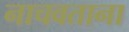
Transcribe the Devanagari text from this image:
नाचवताना